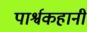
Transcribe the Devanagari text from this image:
पार्श्वकहानी